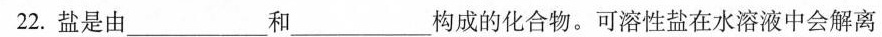
22.盐是由___和___构成的化合物。可溶性盐在水溶液中会解离